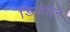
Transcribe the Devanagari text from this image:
डिजाइने